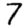
Digit: 7